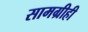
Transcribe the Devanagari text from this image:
सामग्रीही